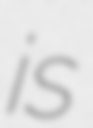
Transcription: is